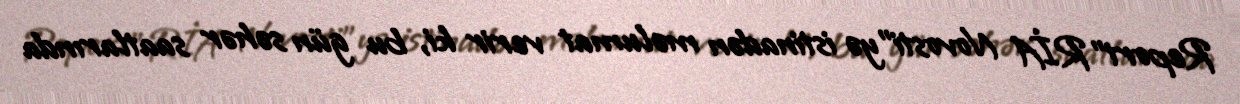
Report"RİA Novosti"yə istinadən məlumat verir ki, bu gün səhər saatlarında